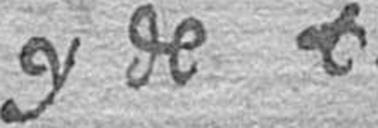
y de t